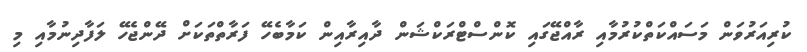
ކުރިއަރުވަން މަސައްކަތްކުރުމާއި ރާއްޖޭގައި ކޮންސްޓްރަކްޝަން ދާއިރާއިން ކަމާބެހޭ ފަރާތްތަކަށް ދޭންޖެހޭ ލަފާދިނުމާއި މި